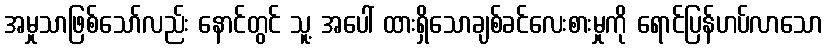
အမှုသာဖြစ်သော်လည်း နောင်တွင် သူ့ အပေါ် ထားရှိသောချစ်ခင်လေးစားမှုကို ရောင်ပြန်ဟပ်လာသော